Insane asylums Bombay 1873-77 - 1873-1877
Year: 1873
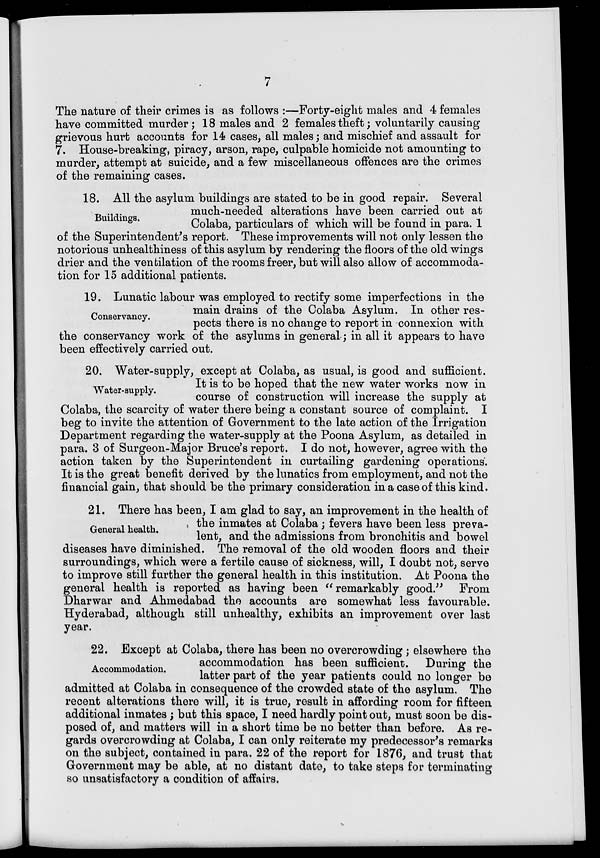
7
The nature of their crimes is as follows :—Forty-eight males and 4 females
have committed murder; 18 males and 2 females theft; voluntarily causing
grievous hurt accounts for 14 cases, all males; and mischief and assault for
7. House-breaking, piracy, arson, rape, culpable homicide not amounting to
murder, attempt at suicide, and a few miscellaneous offences are the crimes
of the remaining cases.
Buildings.
18. All the asylum buildings are stated to be in good repair. Several
much-needed alterations have been carried out at
Colaba, particulars of which will be found in para. 1
of the Superintendent's report. These improvements will not only lessen the
notorious unhealthiness of this asylum by rendering the floors of the old wings
drier and the ventilation of the rooms freer, but will also allow of accommoda-
tion for 15 additional patients.
Conservancy.
19. Lunatic labour was employed to rectify some imperfections in the
main drains of the Colaba Asylum. In other res-
pects there is no change to report in connexion with
the conservancy work of the asylums in general; in all it appears to have
been effectively carried out.
Water-supply.
20. Water-supply, except at Colaba, as usual, is good and sufficient.
It is to be hoped that the new water works now in
course of construction will increase the supply at
Colaba, the scarcity of water there being a constant source of complaint. I
beg to invite the attention of Government to the late action of the Irrigation
Department regarding the water-supply at the Poona Asylum, as detailed in
para. 3 of Surgeon-Major Bruce's report. I do not, however, agree with the
action taken by the Superintendent in curtailing gardening operations.
It is the great benefit derived by the lunatics from employment, and not the
financial gain, that should be the primary consideration in a case of this kind.
General health.
21. There has been, I am glad to say, an improvement in the health of
the inmates at Colaba; fevers have been less preva-
lent, and the admissions from bronchitis and bowel
diseases have diminished. The removal of the old wooden floors and their
surroundings, which were a fertile cause of sickness, will, I doubt not, serve
to improve still further the general health in this institution. At Poona the
general health is reported as having been "remarkably good." From
Dharwar and Ahmedabad the accounts are somewhat less favourable.
Hyderabad, although still unhealthy, exhibits an improvement over last
year.
Accommodation.
22. Except at Colaba, there has been no overcrowding; elsewhere the
accommodation has been sufficient. During the
latter part of the year patients could no longer be
admitted at Colaba in consequence of the crowded state of the asylum. The
recent alterations there will, it is true, result in affording room for fifteen
additional inmates; but this space, I need hardly point out, must soon be dis-
posed of, and matters will in a short time be no better than before. As re-
gards overcrowding at Colaba, I can only reiterate my predecessor's remarks
on the subject, contained in para. 22 of the report for 1876, and trust that
Government may be able, at no distant date, to take steps for terminating
so unsatisfactory a condition of affairs.